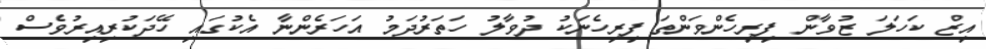
އިޒް ކަހަލަ ޒުވާން ފިރިހެންވަންތަ ފިރިހެނަކު ދުވާލު ހަތަރުދަމު އަހަރެންނާ އެކުގައި ހޭދަކުރިއިރުވެސް